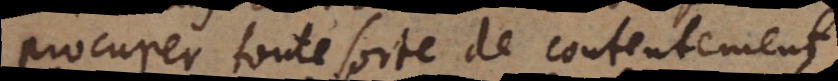
procurer toute sorte de contentement.